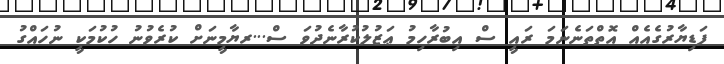
ފަޑިޔާރުގެއެއް އޮތްތަނެނަމަ ރައީ ސް އިބުރާހިމު ޢަޒުލުކުރާނެދުވަ ސް...ރޔާމީނަށް ކުރެވުނު ހުކުމަކީ ނުހައްގު